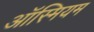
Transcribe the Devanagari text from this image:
ऑस्मियम